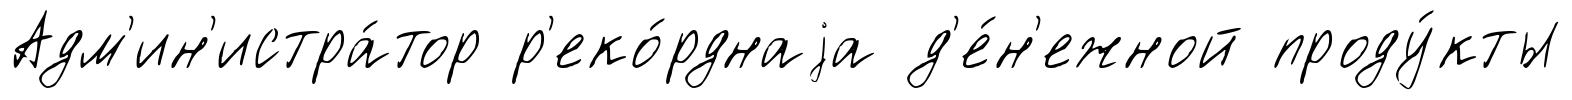
Адм'ин'истра́тор р'еко́рднаjа д'е́н'ежной проду́кты